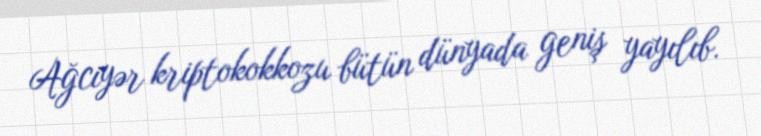
Ağciyər kriptokokkozu bütün dünyada geniş yayılıb.